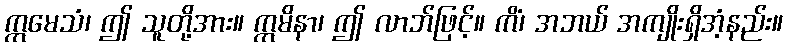
ဣမေသံ၊ ဤ သူတို့အား။ ဣမိနာ၊ ဤ လာဘ်ဖြင့်။ ကိံ၊ အဘယ် အကျိုးရှိအံ့နည်း။